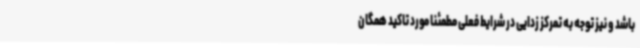
باشد و نیز توجه به تمرکز زدایی در شرایط فعلی مطمئناً مورد تاکید همگان